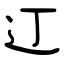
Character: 𫟧